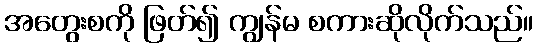
အတွေးစကို ဖြတ်၍ ကျွန်မ စကားဆိုလိုက်သည်။